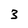
Character: 3